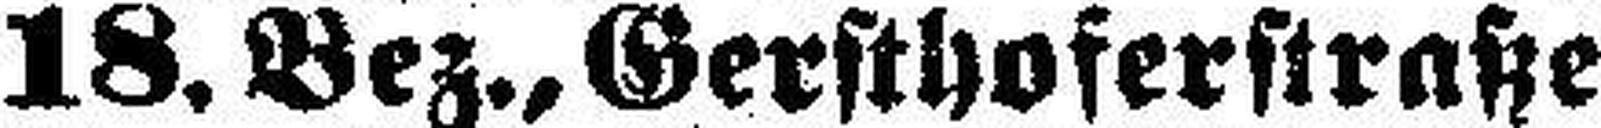
18. Bez., Gersthoferstraße